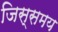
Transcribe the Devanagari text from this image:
जिस्समय